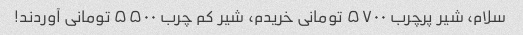
سلام، شیر پرچرب ۵۷۰۰ تومانی خریدم، شیر کم چرب ۵۵۰۰ تومانی آوردند!